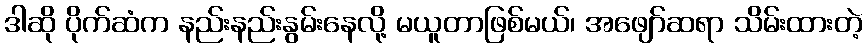
ဒါဆို ပိုက်ဆံက နည်းနည်းနွမ်းနေလို့ မယူတာဖြစ်မယ်၊ အဖျော်ဆရာ သိမ်းထားတဲ့